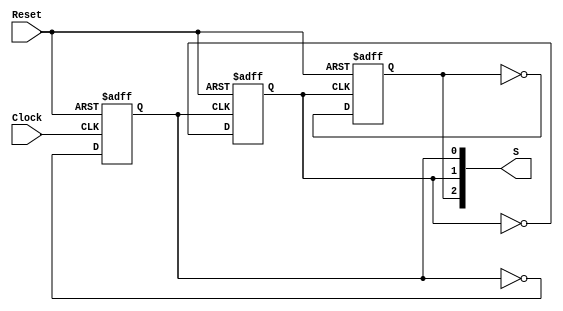
module ContadorAssincrono(Clock, Reset, S);
	input wire Clock, Reset;
	output reg [2:0] S;
	
	initial begin
		S = 3'b000;
	end
	
	always @(negedge Clock or posedge Reset) begin
		if(Reset)
			S[0] = 0;
		else
			S[0] <= ~S[0];
	end
	always @(negedge S[0] or posedge Reset) begin
		if(Reset)
			S[1] = 0;
		else
			S[1] <= ~S[1];
	end
	always @(negedge S[1] or posedge Reset) begin
		if(Reset)
			S[2] = 0;
		else
			S[2] <= ~S[2];
	end
	
endmodule